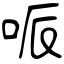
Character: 哌